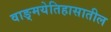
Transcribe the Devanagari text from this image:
वाङ्‌मयेतिहासातील